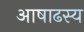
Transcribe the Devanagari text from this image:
आषाढस्य